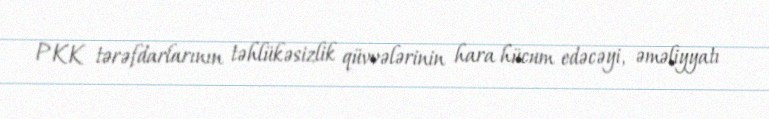
PKK tərəfdarlarının təhlükəsizlik qüvvələrinin hara hücum edəcəyi, əməliyyatı